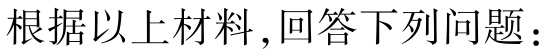
根据以上材料，回答下列问题：